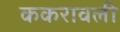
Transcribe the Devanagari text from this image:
ककरावली